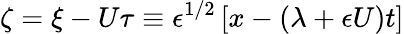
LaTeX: \zeta=\xi-U\tau\equiv\epsilon^{1/2}\left[x-\left(\lambda+\epsilon U\right)t\right]